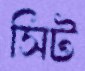
সিট